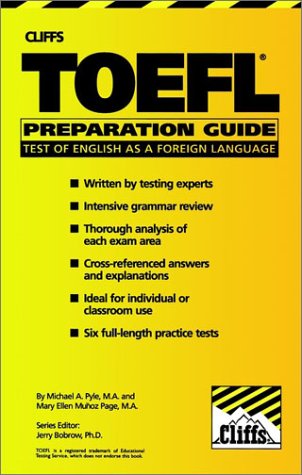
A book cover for CliffsTestPrep English as a Foreign Language (TOEFL) Preparation Guide; Michael A. Pyle; Test Preparation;